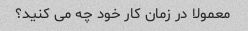
معمولا در زمان کار خود چه می کنید؟